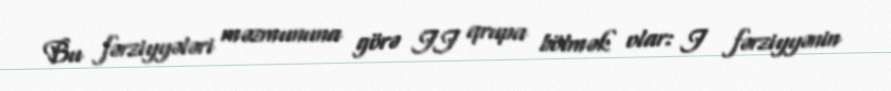
Bu fərziyyələri məzmununa görə II qrupa bölmək olar: I fərziyyənin